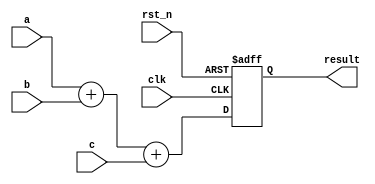
// 
module adder(
	input clk,
	input rst_n,
	input [7 : 0] a,
	input [7 : 0] b,
	input [7 : 0] c,
	output [7 : 0] result
);
reg [9 : 0] result_reg;

assign result = result_reg[7:0];
always @ (posedge clk or negedge rst_n)
begin
	if(!rst_n)
		result_reg <= 8'b0;
	else
	begin
		result_reg <= a + b + c;
	end
end 

endmodule